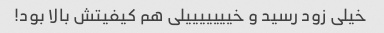
خیلی زود رسید و خیییییییلی هم کیفیتش بالا بود!